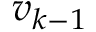
v _ { k - 1 }